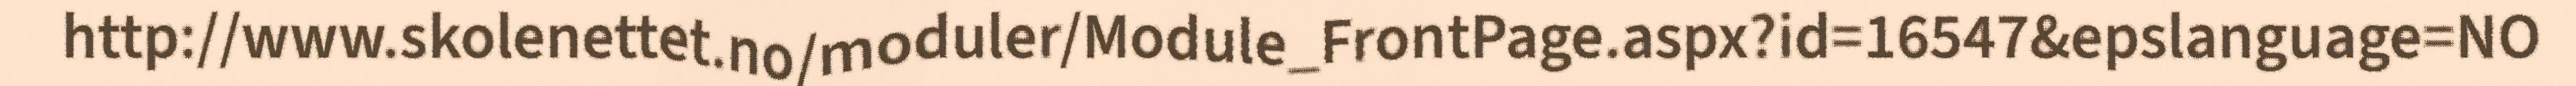
http://www.skolenettet.no/moduler/Module_FrontPage.aspx?id=16547&epslanguage=NO